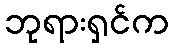
ဘုရားရှင်က